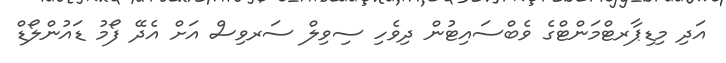
އަދި މިޑިޕާރޓްމަންޓްގެ ވެބްސައިޓުން ދިވެހި ސިވިލް ސަރވިސް އަށް އެދޭ ފޯމު ޑައުންލޯޑް